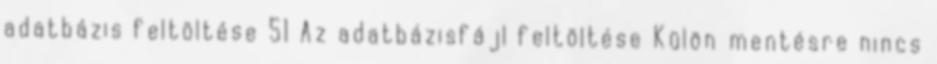
adatbázis feltöltése 51 Az adatbázisfájl feltöltése Külön mentésre nincs